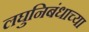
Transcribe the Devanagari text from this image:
लघुनिबंधाच्या